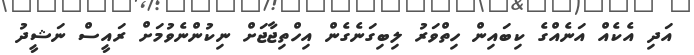
އަދި އެކެއް އަނެއްގެ ކިބައިން ހިތްވަރު ލިބިގަނެގެން އިހްތިޖާޖަށް ނިކުންނެވުމަށް ރައީސް ނަޝީދު